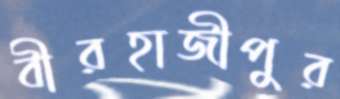
বীরহাজীপুর